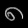
Digit: ၈